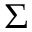
\Sigma